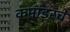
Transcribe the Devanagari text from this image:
कमांडरचे